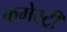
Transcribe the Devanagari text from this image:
कमेस्ट्री